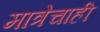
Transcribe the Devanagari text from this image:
मात्रेचाही